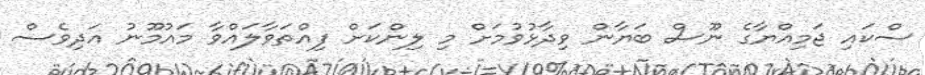
ސްކައި ޖަމިއްޔާގެ ނޫސް ބަޔާން ވިދާޅުވުމަށް މި ލިންކަށް ފިއްތަވާލައްވާ މައުމޫނު އަދިވެސް